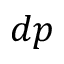
d p